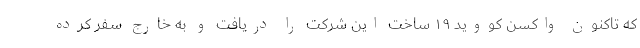
که تاکنون واکسن کووید ۱۹ ساخت این شرکت را دریافت و به خارج سفر کرده